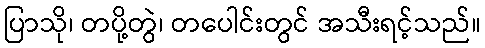
ပြာသို၊ တပို့တွဲ၊ တပေါင်းတွင် အသီးရင့်သည်။